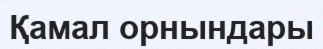
Қамал орнындары